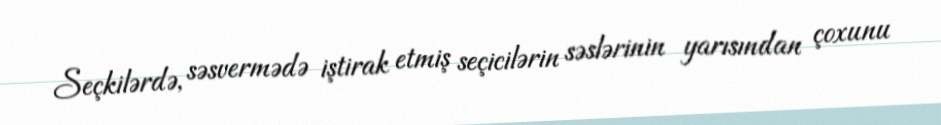
Seçkilərdə, səsvermədə iştirak etmiş seçicilərin səslərinin yarısından çoxunu